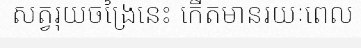
សត្វរុយចង្រៃនេះ កើតមានរយៈពេល